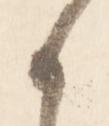
候